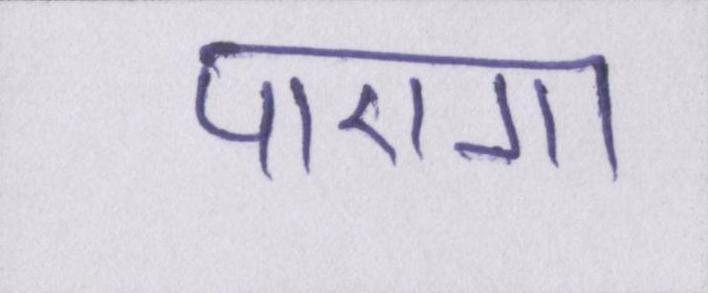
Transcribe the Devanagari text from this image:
पाएगा